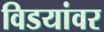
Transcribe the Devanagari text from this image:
विडयांवर